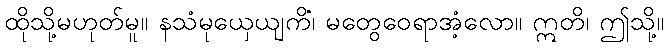
ထိုသို့မဟုတ်မူ။ နသံမုယှေယျကိံ၊ မတွေဝေရာအံ့လော။ ဣတိ၊ ဤသို့။